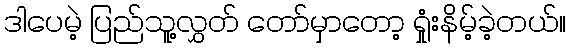
ဒါပေမဲ့ ပြည်သူ့လွှတ် တော်မှာတော့ ရှုံးနိမ့်ခဲ့တယ်။